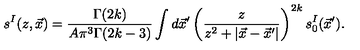
s ^ { I } ( z , \vec { x } ) = \frac { \Gamma ( 2 k ) } { A \pi ^ { 3 } \Gamma ( 2 k - 3 ) } \int d \vec { x } ^ { \prime } \left( \frac { z } { z ^ { 2 } + | \vec { x } - \vec { x } ^ { \prime } | } \right) ^ { 2 k } s _ { 0 } ^ { I } ( \vec { x } ^ { \prime } ) .